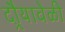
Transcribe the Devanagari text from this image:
दौर्‍यावेळी